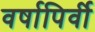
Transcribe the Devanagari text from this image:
वर्षापिर्वी